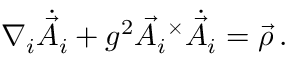
\nabla _ { i } \dot { \vec { A } } _ { i } + g ^ { 2 } { \vec { A } } _ { i } ^ { \ \times } \dot { \vec { A } } _ { i } = \vec { \rho } \, .